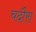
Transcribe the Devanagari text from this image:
चदौरा